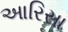
આરિસા